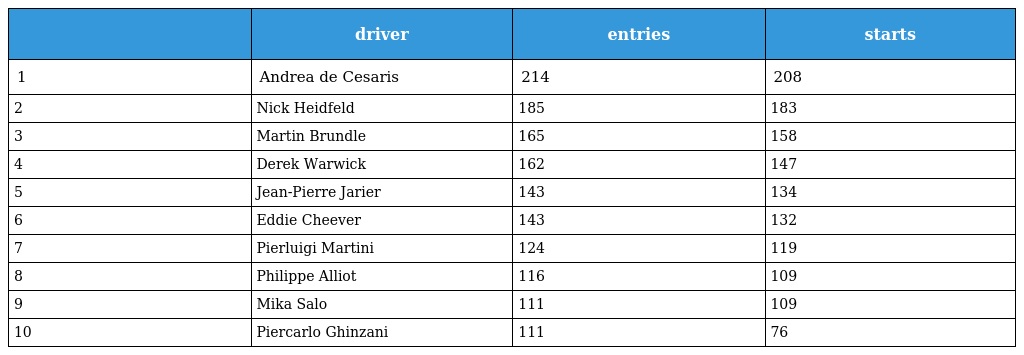
|  | driver | entries | starts |
 | --- | --- | --- | --- |
 | 1 | Andrea de Cesaris | 214 | 208 |
 | 2 | Nick Heidfeld | 185 | 183 |
 | 3 | Martin Brundle | 165 | 158 |
 | 4 | Derek Warwick | 162 | 147 |
 | 5 | Jean-Pierre Jarier | 143 | 134 |
 | 6 | Eddie Cheever | 143 | 132 |
 | 7 | Pierluigi Martini | 124 | 119 |
 | 8 | Philippe Alliot | 116 | 109 |
 | 9 | Mika Salo | 111 | 109 |
 | 10 | Piercarlo Ghinzani | 111 | 76 |